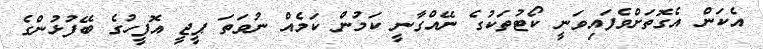
އެކަން އެގޮތަށްވެފައިވަނީ ކޯޓުތަކުގެ ނޭއްގާނީ ކަމުން ކަމެއް ނުވަތަ ޕީޖީ އޮފީހުގެ ބޭފުޅުންގެ